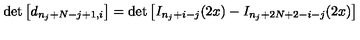
\det \left[ d _ { n _ { j } + N - j + 1 , i } \right] = \det \left[ I _ { n _ { j } + i - j } ( 2 x ) - I _ { n _ { j } + 2 N + 2 - i - j } ( 2 x ) \right]